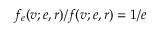
f _ { e } ( v ; e , r ) / f ( v ; e , r ) = 1 / e